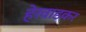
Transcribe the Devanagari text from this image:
हेरवाडकर